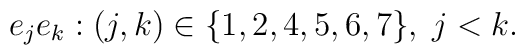
e_{j}e_{k}:(j,k)\in \{1,2,4,5,6,7\},\;j<k.